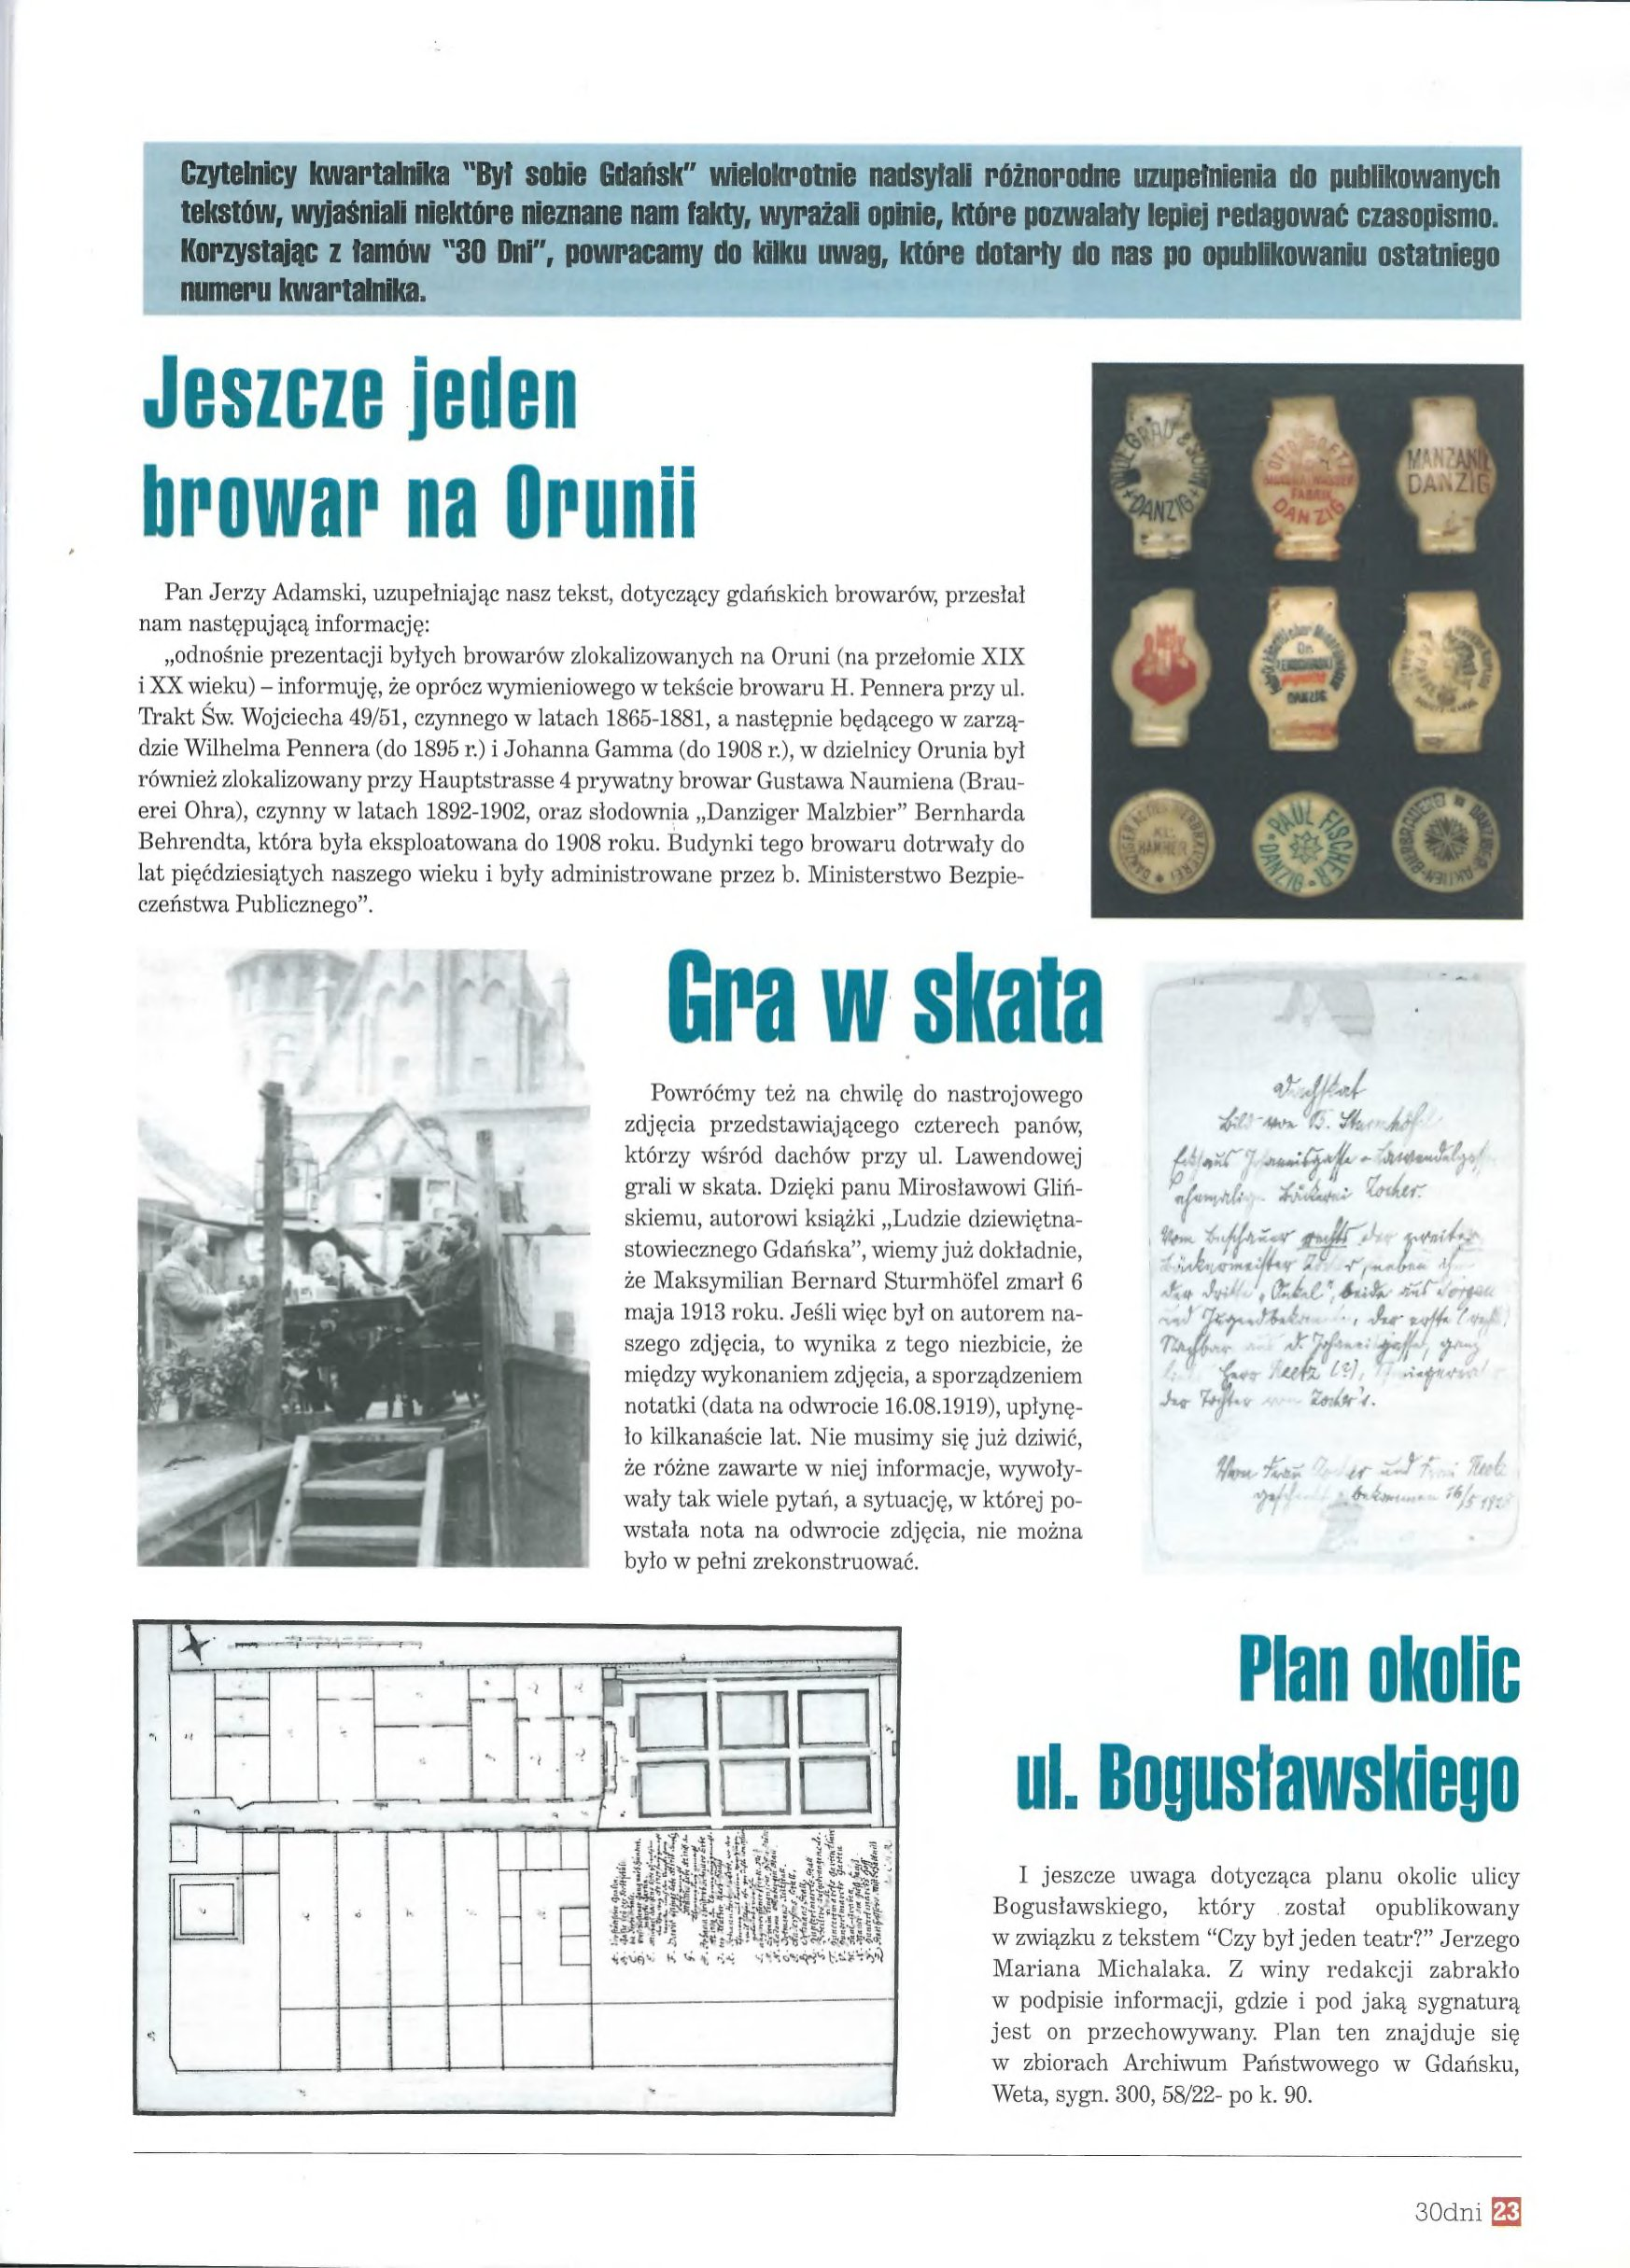
Language: pl